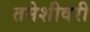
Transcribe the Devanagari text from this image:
तमेशीवरी